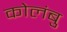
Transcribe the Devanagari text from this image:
कोलंबु